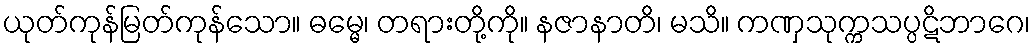
ယုတ်ကုန်မြတ်ကုန်သော။ ဓမ္မေ၊ တရားတို့ကို။ နဇာနာတိ၊ မသိ။ ကဏှသုက္ကသပ္ပဋိဘာဂေ၊